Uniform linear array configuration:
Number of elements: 8
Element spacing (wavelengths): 0.5
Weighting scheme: exponential
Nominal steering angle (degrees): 60
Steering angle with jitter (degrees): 59.89
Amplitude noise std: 0.05
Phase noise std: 0.05

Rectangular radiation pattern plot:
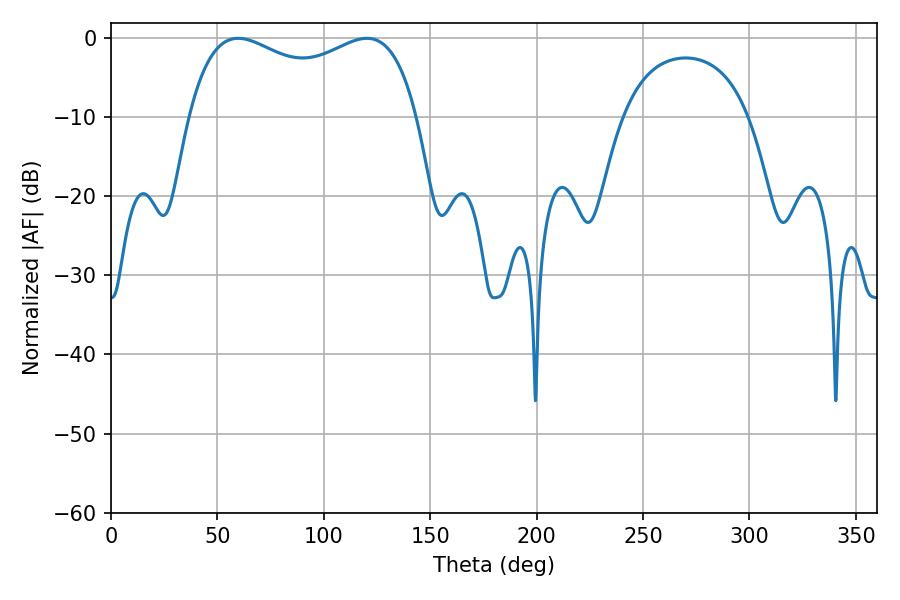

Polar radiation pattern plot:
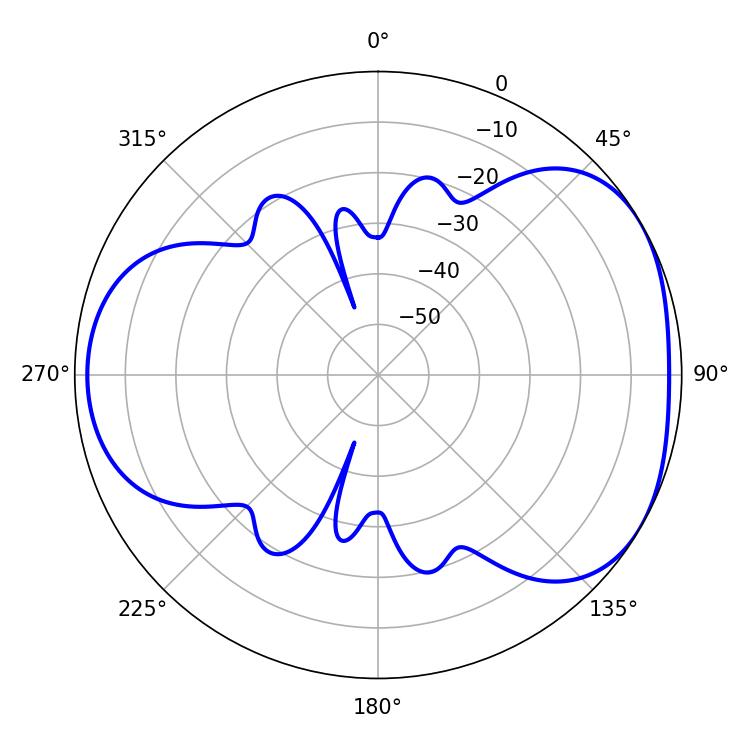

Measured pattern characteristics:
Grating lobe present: FALSE
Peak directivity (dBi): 4.262
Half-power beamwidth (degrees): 88.92
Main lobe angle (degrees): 59.76